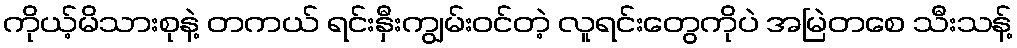
ကိုယ့်မိသားစုနဲ့ တကယ် ရင်းနှီးကျွမ်းဝင်တဲ့ လူရင်းတွေကိုပဲ အမြဲတစေ သီးသန့်